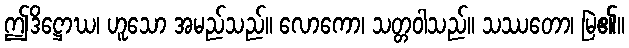
ဤဒိဋ္ဌောဃ၊ ဟူသော အမည်သည်။ လောကော၊ သတ္တဝါသည်။ သဿတော၊ မြဲ၏။